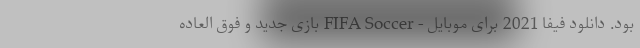
بود. دانلود فیفا 2021 برای موبایل - FIFA Soccer بازی جدید و فوق العاده